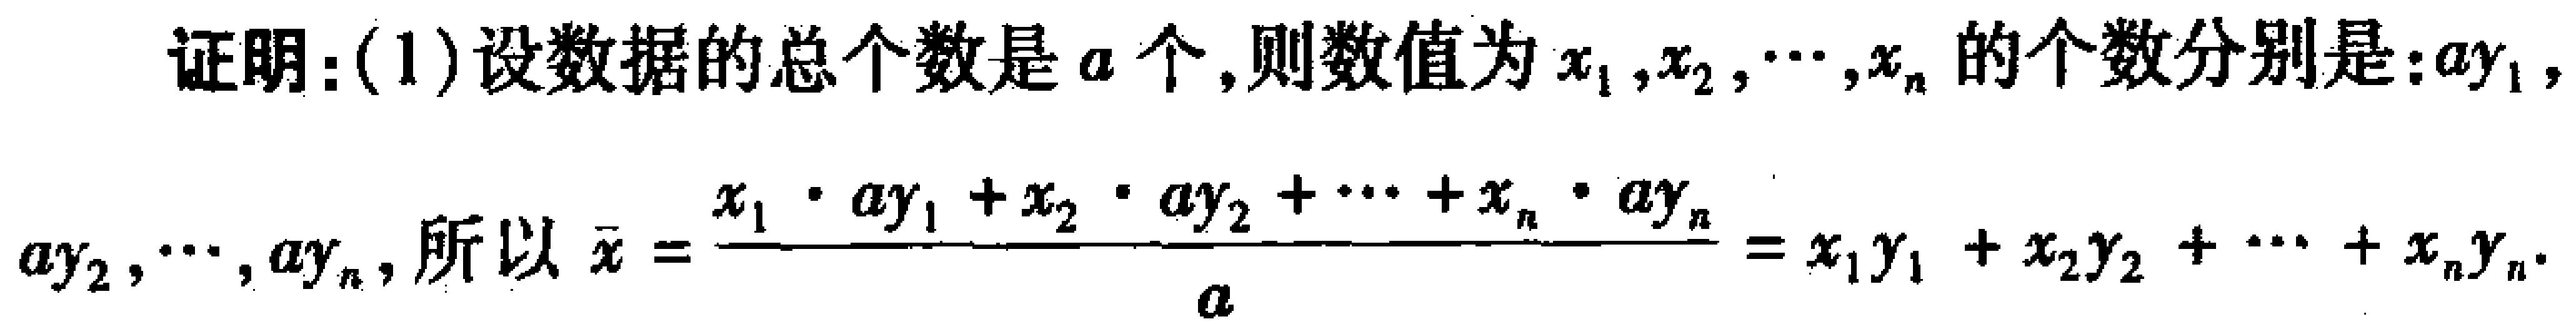
证明：(1)设数据的总个数是\(a\)个,则数值为\(x_{1},x_{2},\cdots,x_{n}\)的个数分别是：\(ay_{1},\)

\(ay_{2},\cdots,ay_{n}\), 所以 \(\bar{x}=\frac{x_{1}\cdot ay_{1}+x_{2}\cdot ay_{2}+\cdots +x_{n}\cdot ay_{n}}{a}=x_{1}y_{1}+x_{2}y_{2}+\cdots +x_{n}y_{n}\).